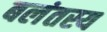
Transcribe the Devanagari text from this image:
बलंतस्य